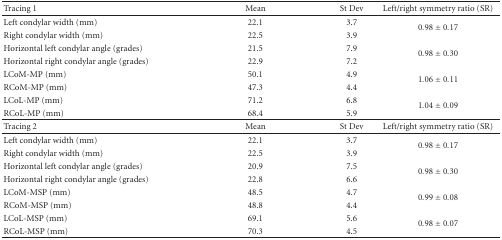
| Tracing 1 | Mean | St Dev | Left/right symmetry ratio (SR) |
 | --- | --- | --- | --- |
 | Left condylar width (mm) | 22.1 | 3.7 | <ROWSPAN=2> 0.98 ± 0.17 |
 | Right condylar width (mm) | 22.5 | 3.9 |
 | Horizontal left condylar angle (grades) | 21.5 | 7.9 | <ROWSPAN=2> 0.98 ± 0.30 |
 | Horizontal right condylar angle (grades) | 22.9 | 7.2 |
 | LCoM-MP (mm) | 50.1 | 4.9 | <ROWSPAN=2> 1.06 ± 0.11 |
 | RCoM-MP (mm) | 47.3 | 4.4 |
 | LCoL-MP (mm) | 71.2 | 6.8 | <ROWSPAN=2> 1.04 ± 0.09 |
 | RCoL-MP (mm) | 68.4 | 5.9 |
 | Tracing 2 | Mean | St Dev | Left/right symmetry ratio (SR) |
 | Left condylar width (mm) | 22.1 | 3.7 | <ROWSPAN=2> 0.98 ± 0.17 |
 | Right condylar width (mm) | 22.5 | 3.9 |
 | Horizontal left condylar angle (grades) | 20.9 | 7.5 | <ROWSPAN=2> 0.98 ± 0.30 |
 | Horizontal right condylar angle (grades) | 22.8 | 6.6 |
 | LCoM-MSP (mm) | 48.5 | 4.7 | <ROWSPAN=2> 0.99 ± 0.08 |
 | RCoM-MSP (mm) | 48.8 | 4.4 |
 | LCoL-MSP (mm) | 69.1 | 5.6 | <ROWSPAN=2> 0.98 ± 0.07 |
 | RCoL-MSP (mm) | 70.3 | 4.5 |